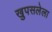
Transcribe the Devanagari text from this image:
खुपसलेला